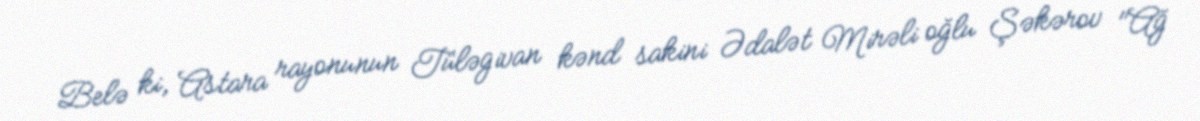
Belə ki, Astara rayonunun Tüləgivan kənd sakini Ədalət Mirəli oğlu Şəkərov "Ağ